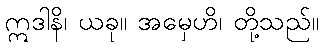
ဣဒါနိ၊ ယခု။ အမှေဟိ၊ တို့သည်။